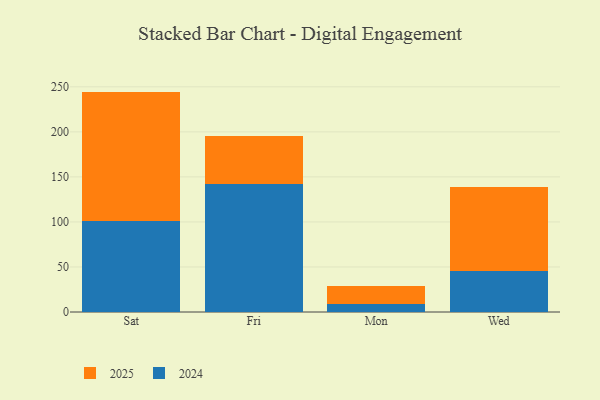
{"axis": {"x": "Day", "y": "Waste Production (Tons)"}, "legend": ["2024", "2025"], "data": [{"x": "Sat", "y": 101.2, "type": "2024"}, {"x": "Sat", "y": 143.5, "type": "2025"}, {"x": "Fri", "y": 142.6, "type": "2024"}, {"x": "Fri", "y": 53.1, "type": "2025"}, {"x": "Mon", "y": 9.3, "type": "2024"}, {"x": "Mon", "y": 19.2, "type": "2025"}, {"x": "Wed", "y": 45.0, "type": "2024"}, {"x": "Wed", "y": 94.2, "type": "2025"}]}